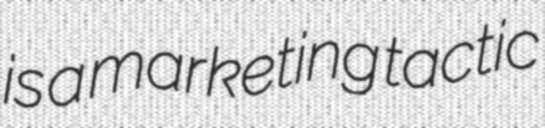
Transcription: is a marketing tactic